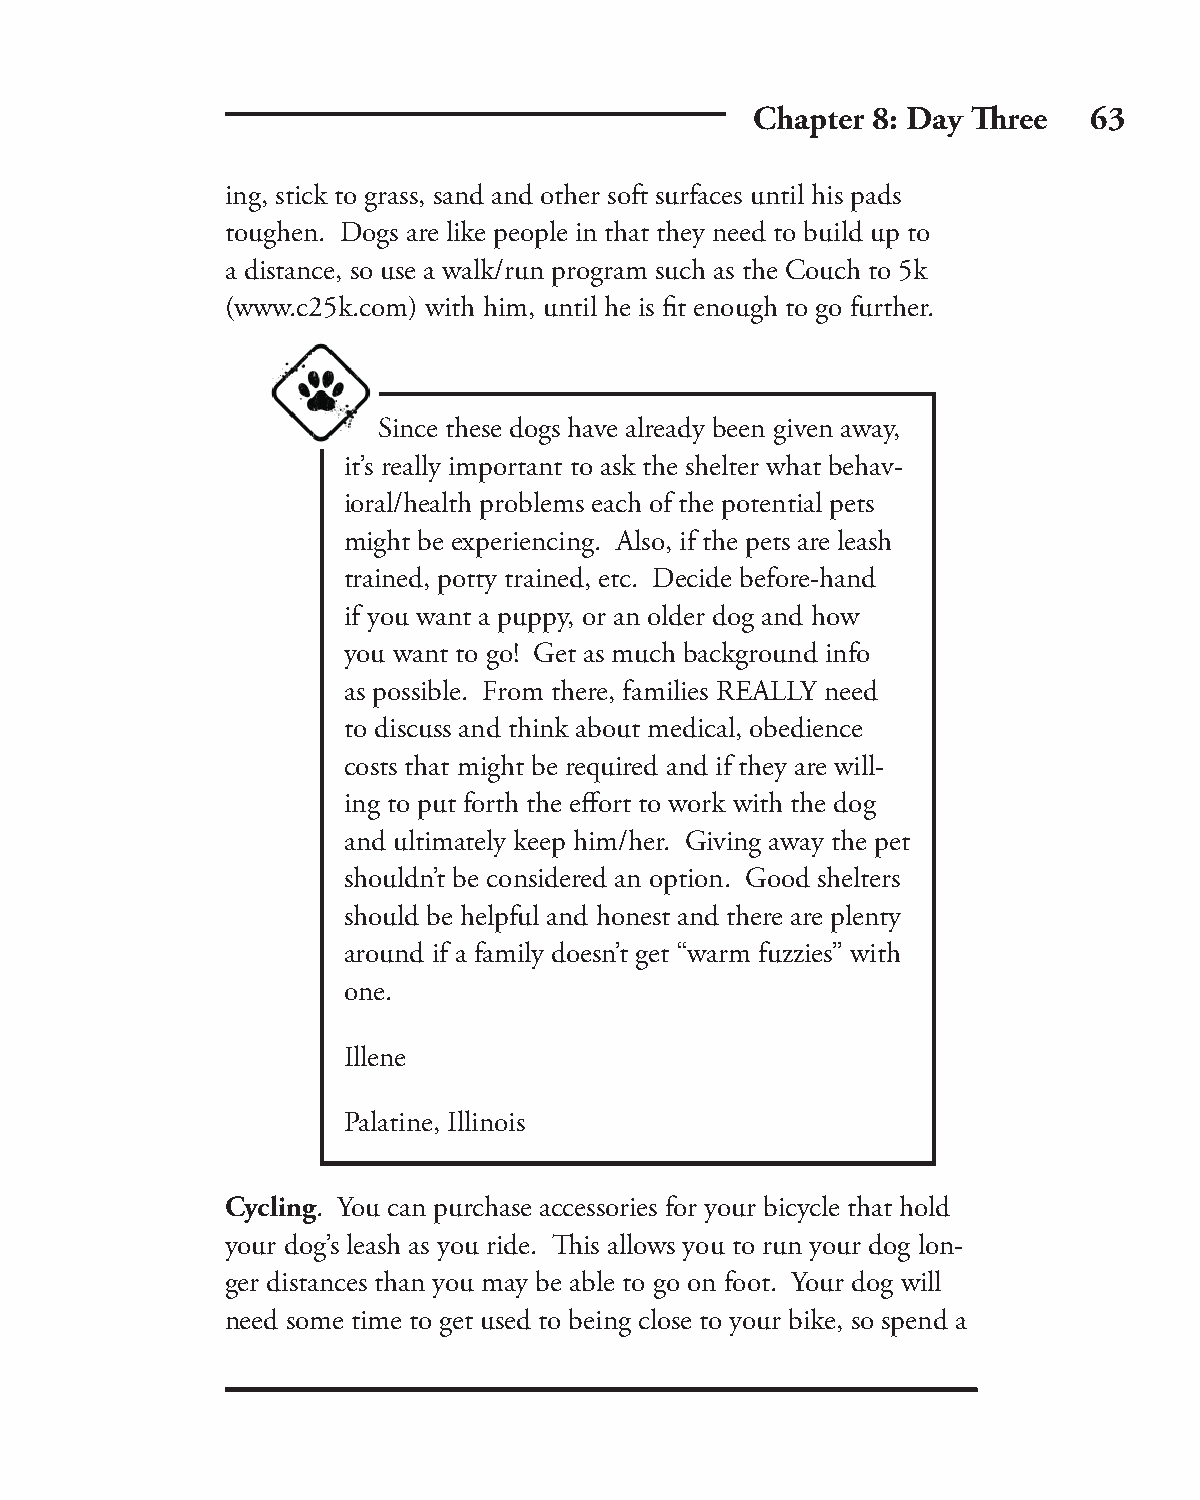
Chapter 8: Day Th ree 63
 ing, stick to grass, sand and other soft surfaces until his pads
 toughen. Dogs are like people in that they need to build up to
 a distance, so use a walk/run program such as the Couch to 5k
 (www.c25k.com) with him, until he is fi t enough to go further.
 Since these dogs have already been given away,
 it’s really important to ask the shelter what behav-
 ioral/health problems each of the potential pets
 might be experiencing. Also, if the pets are leash
 trained, potty trained, etc. Decide before-hand
 if you want a puppy, or an older dog and how
 you want to go! Get as much background info
 as possible. From there, families REALLY need
 to discuss and think about medical, obedience
 costs that might be required and if they are will-
 ing to put forth the eff ort to work with the dog
 and ultimately keep him/her. Giving away the pet
 shouldn’t be considered an option. Good shelters
 should be helpful and honest and there are plenty
 around if a family doesn’t get “warm fuzzies” with
 one.
 Illene
 Palatine, Illinois
 Cycling. You can purchase accessories for your bicycle that hold
 your dog’s leash as you ride. Th is allows you to run your dog lon-
 ger distances than you may be able to go on foot. Your dog will
 need some time to get used to being close to your bike, so spend a